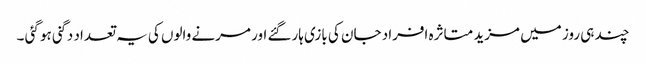
چند ہی روز میں مزید متاثرہ افراد جان کی بازی ہارگئے اور مرنے والوں کی یہ تعداد دگنی ہو گئی ۔